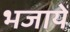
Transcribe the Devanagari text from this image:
भजायें